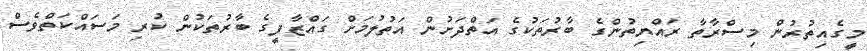
މީގެއިތުރުން މިސްރާތާ ރައްޔިތުންގެ ބާރުތަކުގެ އަތްދަށުން އަތުލުމަށް ގައްޒާފީގެ ބާރުތަކުން ކުރި މަސައްކަތްވެސް